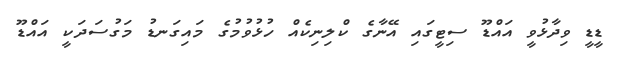
ޑީޑީ ވިދާޅުވީ އައްޑޫ ސިޓީގައި އޭނާގެ ކްލިނިކެއް ހުޅުވުމުގެ މައިގަނޑު މަގުސަދަކީ އައްޑޫ